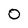
Character: 0